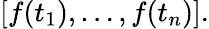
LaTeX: [f(t_{1}),\dots,f(t_{n})].